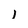
Character: l